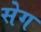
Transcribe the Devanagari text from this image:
सेग